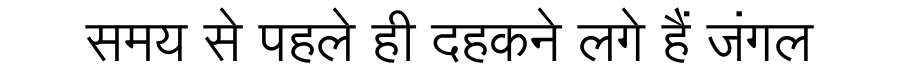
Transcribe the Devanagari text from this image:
समय से पहले ही दहकने लगे हैं जंगल